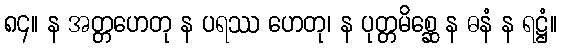
၈၄။ န အတ္တဟေတု န ပရဿ ဟေတု၊ န ပုတ္တမိစ္ဆေ န ဓနံ န ရဋ္ဌံ။